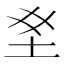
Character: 𫭣